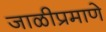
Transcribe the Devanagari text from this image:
जाळीप्रमाणे